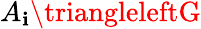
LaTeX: A_{\mathbf{i}}\triangleleftG